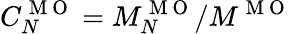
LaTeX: C_{N}^{\mathrm{~M~O~}}=M_{N}^{\mathrm{~M~O~}}/M^{\mathrm{~M~O~}}